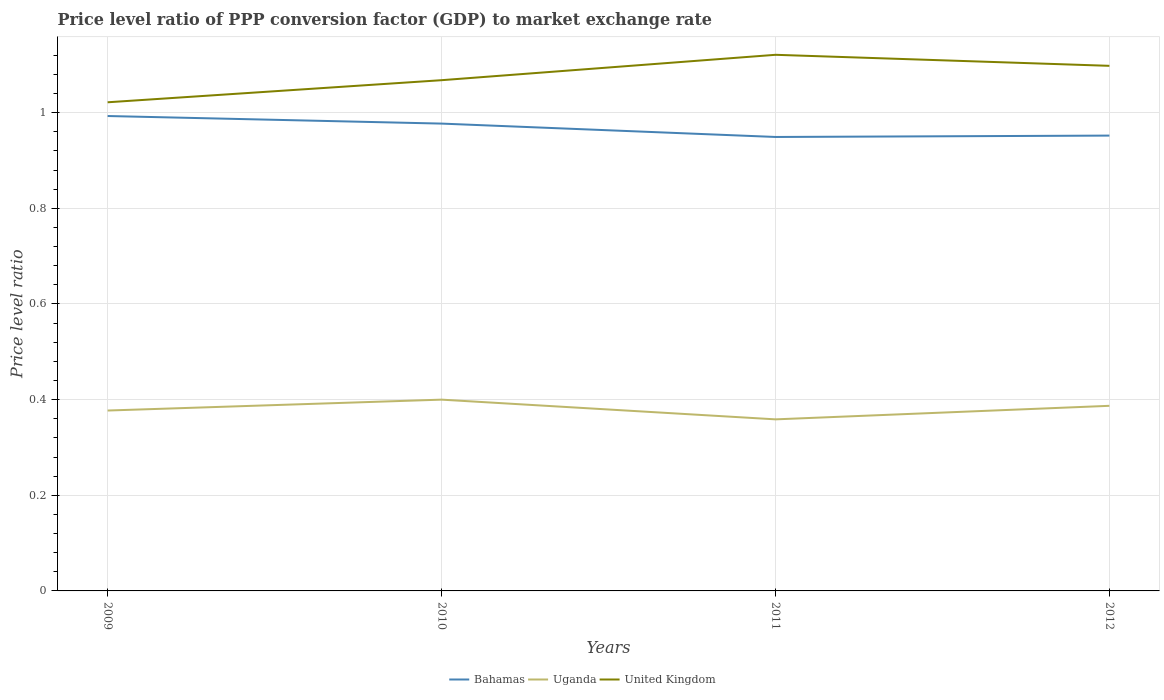
| Years | Bahamas | Uganda | United Kingdom |
 | --- | --- | --- | --- |
 | 2009 | 0.993 | 0.377 | 1.02 |
 | 2010 | 0.977 | 0.4 | 1.07 |
 | 2011 | 0.949 | 0.359 | 1.12 |
 | 2012 | 0.952 | 0.387 | 1.1 |